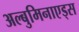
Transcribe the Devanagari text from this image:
अल्बुमिनाएड्स